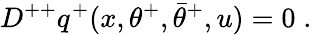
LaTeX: D^{++}q^{+}(x,\theta^{+},\bar{\theta}^{+},u)=0\; .